Leaving Certificate Examination (including Day School Certificate (Higher) General paper), 1931
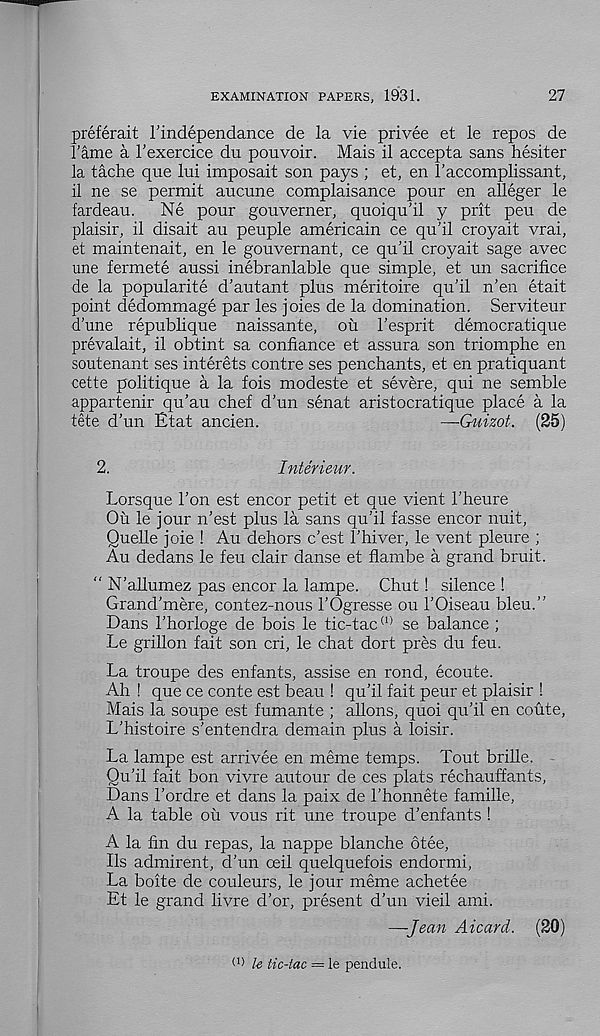
EXAMINATION PAPERS, 1931.
27
preferait I’independance de la vie privee et le repos de
1'ame a I’exercice du pouvoir. Mais il accepta sans hesiter
la tache que lui imposait son pays ; et, en 1’accomplissant,
il ne se permit aucune complaisance pour en alleger le
fardeau.
Ne pour gouverner, quoiqu’il y prit peu de
plaisir, il disait au peuple americain ce qu’il croyait vrai,
et maintenait, en le gouvernant, ce qu’il croyait sage avec
une fermete aussi inebranlable que simple, et un sacrifice
de la popularite d’autant plus meritoire qu’il n’en etait
point dedommage par les joies de la domination. Serviteur
d’une republique naissante, oil I’esprit democratique
prevalait, il obtint sa confiance et assura son triomphe en
soutenant ses interets centre ses penchants, et en pratiquant
cette politique a la fois modeste et severe, qui ne semble
appartenir qu’au chef d’un senat aristocratique place a la
tete d’un Etat ancien.
—-Guizot. (25)
2.
Interieur.
Lorsque 1’on est encor petit et que vient 1’heure
Ou le jour n’est plus la sans qu’il fasse encor nuit,
Quelle joie ! Au dehors e’est 1’hiver, le vent pleure ;
Au dedans le feu clair danse et flambe a grand bruit.
" N’allumez pas encor la lampe. Chut! silence !
Grand’mere, contez-nous 1’Ogresse ou 1’Oiseau bleu.”
Dans 1’horloge de bois le tic-tac (1) se balance ;
Le grillon fait son cri, le chat dort pres du feu.
La troupe des enfants, assise en rond, ecoute.
Ah ! que ce conte est beau ! qu’il fait peur et plaisir !
Mais la soupe est fumante ; aliens, quoi qu’il en coute,
L’histoire s’entendra demain plus a loisir.
La lampe est arrivee en meme temps. Tout brille.
Qu’il fait bon vivre autour de ces plats rechauffants,
Dans 1’ordre et dans la paix de 1’honnete famille,
A la table ou vous rit une troupe d’enfants !
A la fin du repas, la nappe blanche otee,
Ils admirent, d’un ceil quelquefois endormi,
La boite de couleurs, le jour meme achetee
Et le grand livre d’or, present d’un vieil ami.
—Jean Aicard. (20)
(1) le tic-tac — le pendule.